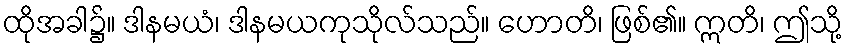
ထိုအခါ၌။ ဒါနမယံ၊ ဒါနမယကုသိုလ်သည်။ ဟောတိ၊ ဖြစ်၏။ ဣတိ၊ ဤသို့